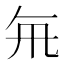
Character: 𭂯